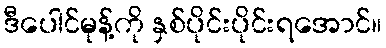
ဒီပေါင်မုန့်ကို နှစ်ပိုင်းပိုင်းရအောင်။